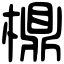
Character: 檙